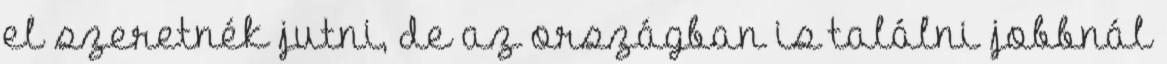
el szeretnék jutni, de az országban is találni jobbnál